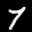
Label: 7